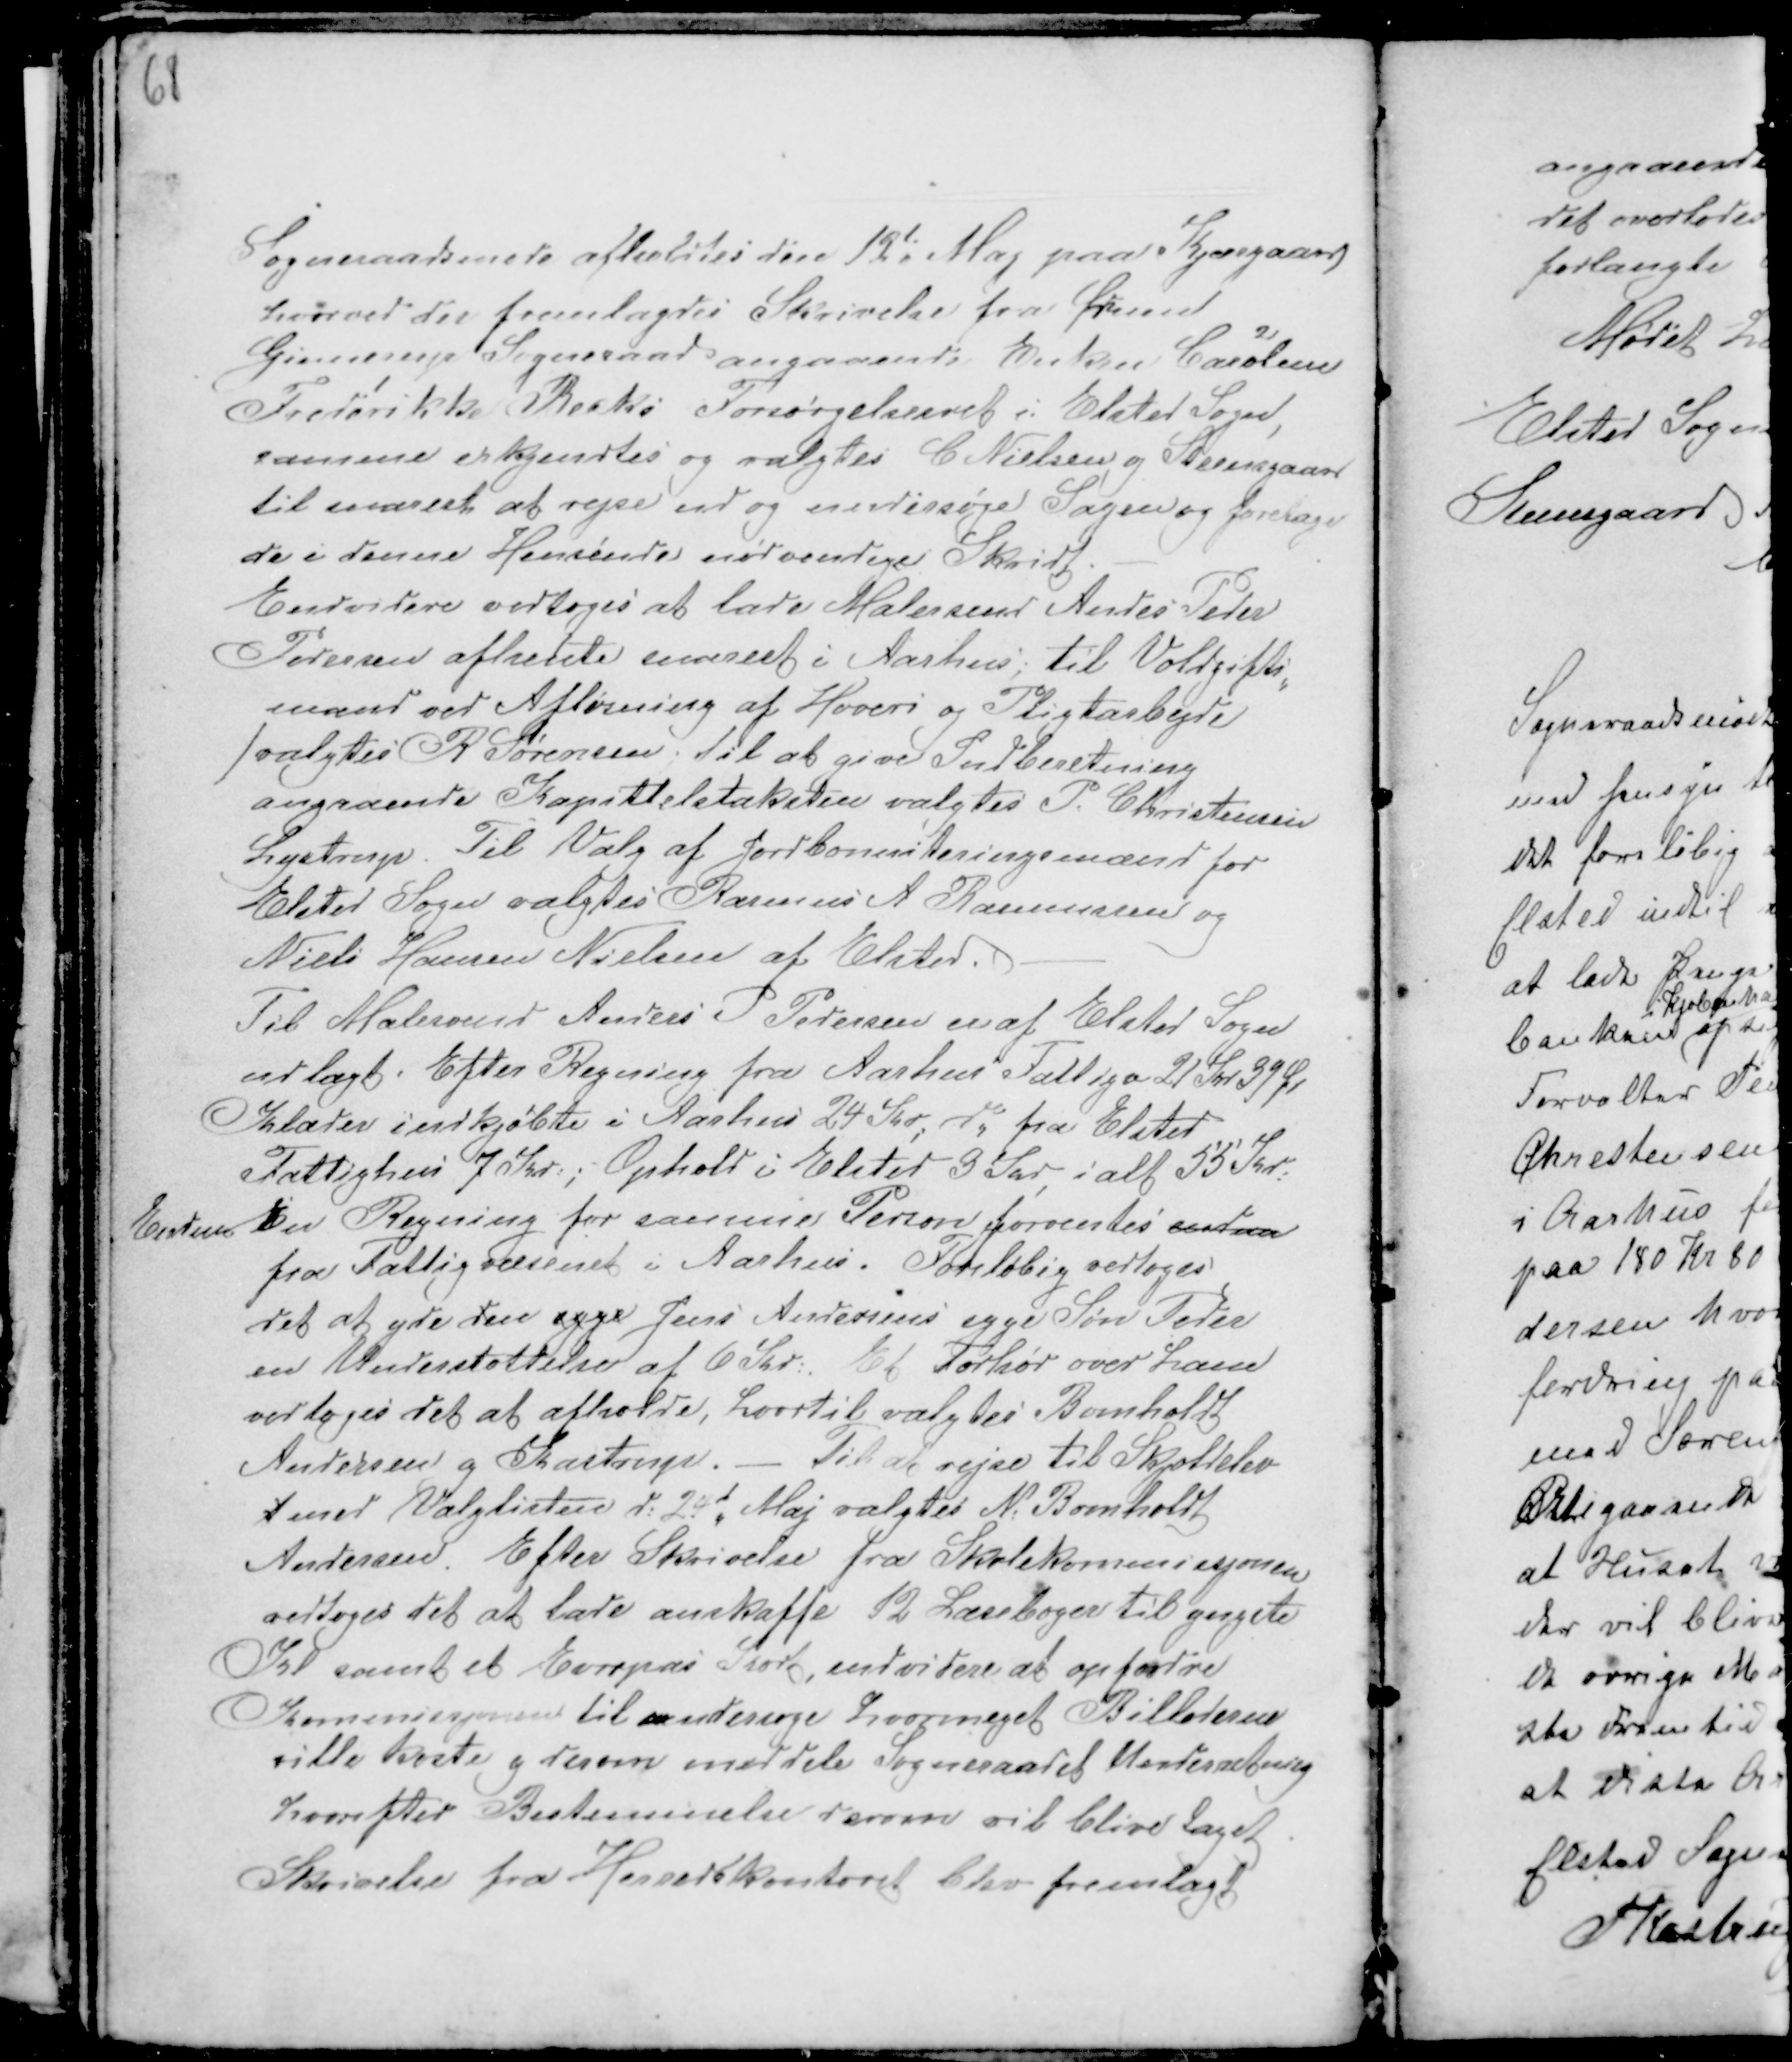
Transskription:
Sogneraadsmøde afholdtes den 12t Maj paa Kjærgaard
hvorved der fremlagdes Skrivelse fra Ørum
Ginnerup Sogneraad angaaende Enken Caroline
Frederikke Becks Forsørgelsesret i Elsted Sogn,
samme erkjendtes og valgtes C Nielsen og Steensgaard
til snarest at rejse ud og undersøge Sagen og foretage
de i denne Henseende nødvendige Skridt. -
Endvidere vedtoges at lade Malersend Andes Peder
Pedersen afhente snarest i Aarhus. til Voldgifts-
mand ved Afløsning af Hoveri og Pligtarbejde
f valgtes R Sørensen: til at give Indberetning
angaaende Kapittelstaksten valgtes P. Christensen
Lystrup. Til Valg af Jordbonniteringsmænd for
Elsted Sogn valgtes Rasmus A Rasmussen og
Niels Hansen Nielsen af Elsted. -

Til Malesvend Anders P Pedersen er af Elsted Sogn
udlagt. Efter Regning fra Aarhus Fattigv 21 Kr 39 Ør
Klæder indkjøbte i Aarhus 24 Kr; d, fra Elsted
Fattighus 7 Kr: ; Ophold i Elsted 3 Kr, ialt 55 Kr:
Endnu En Regning for samme Person forventes endnu
fra Fattigvæsenet i Aarhus. Foreløbig vedtoges
det at yde den agge Jens Andersens syge Søn Peder
en Understøttelse af 6 Kr:. Et Forhør over Ham
vedtoges det at afholde, hvortil valgtes Bomholdt
Andersen og Kastrup, - Til at rejse til Skjoldelev
t med Valglisten d: 24d Maj valgtes N: Bomholdt
Andersen. Efter Skrivelse fra Skolekommissjonen
vedtoges det at lade anskaffe 12 Læsebøger til yngste
Kl samt et Europas Kort, endvidere at opfordre
Kommissjonen til undersøge hvormeget Billederne
ville koste g derom meddele Sogneraadet Underretning
hvorefter Bestemmelse derom vil blive taget.
Skrivelse fra Herredskontoret blev fremlagt